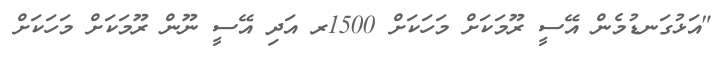
"އަޅުގަނޑުމެން އޭސީ ރޫމަކަށް މަހަކަށް 1500ރ އަދި އޭސީ ނޫން ރޫމަކަށް މަހަކަށް